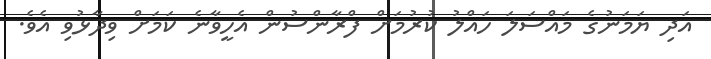
އަދި ޔަމަނުގެ މަައްސަލަ ހައްލު ކުުރުމަށް ފްރާންސުން އެހީވާނެ ކަމަށް ވިދާޅުވި އެވެ.